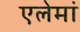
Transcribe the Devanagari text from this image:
एलेमां